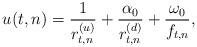
LaTeX: \begin{align*}u(t,n)=\frac{1 }{r^{(u)}_{t,n}}+\frac{\alpha_0}{r^{(d)}_{t,n}}+ \frac{\omega_0}{f_{t,n}},\end{align*}